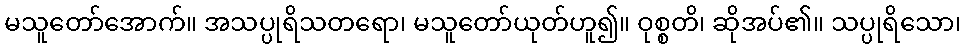
မသူတော်အောက်။ အသပ္ပုရိသတရော၊ မသူတော်ယုတ်ဟူ၍။ ဝုစ္စတိ၊ ဆိုအပ်၏။ သပ္ပုရိသော၊